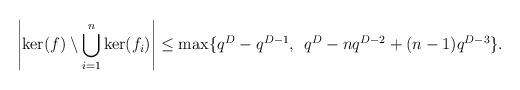
LaTeX: \begin{align*}\left| \ker(f) \setminus \bigcup_{i=1}^{n} \ker (f_i) \right| \leq \max \{ q^D - q^{D-1}, \: \: q^{D} - n q^{D-2} + (n-1) q^{D-3} \}.\end{align*}